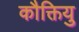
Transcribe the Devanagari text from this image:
कौक्तियु